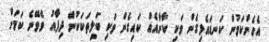
އެހެންކަމުން ކަނޑައެޅިގެން ވަކި ކާނާއެއް ކައިގެން ވަކި ބަލިތަކަކުން ދިފާއު ވެވޭނެ ކަމަށް